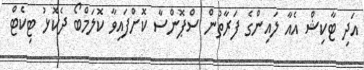
އަދި ޓާކިޝް އެއާ ލައިންގެ ފަރާތުން ސްޕޮންސާ ކޮށްފައިވާ ކޮލަމްބޯ ދެކޮޅު ޓިކެޓް